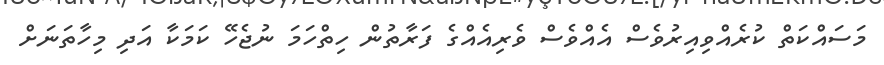
މަސައްކަތް ކުރެއްވިއިރުވެސް އެއްވެސް ވެރިއެއްގެ ފަރާތުން ހިތްހަމަ ނުޖެހޭ ކަމަކާ އަދި މިހާތަނަށް